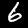
Digit: 6